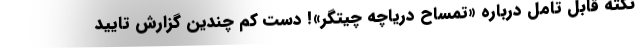
نکته قابل تامل درباره «تمساح دریاچه چیتگر»! دست کم چندین گزارش تایید